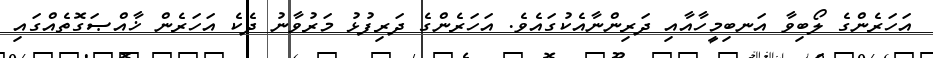
އަހަރެންގެ ލޯބިވާ އަނބިމީހާއާއި ދަރިންނާއެކުގައެވެ. އަހަރެންގެ ދަރިފުޅު މަރުވާނު ދެކެ އަހަރެން ޚާއްޞަގޮތެއްގައި